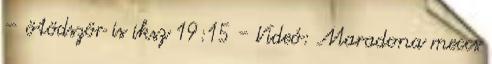
– ötödször is iksz 19:15 - Videó: Maradona meccs